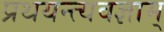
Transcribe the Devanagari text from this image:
प्रथयन्त्यवज्ञाम्‌